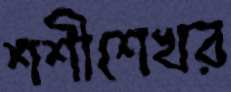
শশীশেখর